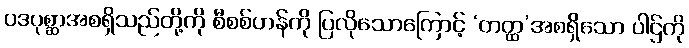
ပဒပုစ္ဆာအစရှိသည်တို့ကို စီစစ်ဟန်ကို ပြလိုသောကြောင့် ‘တတ္ထ’အစရှိသော ပါဌ်ကို